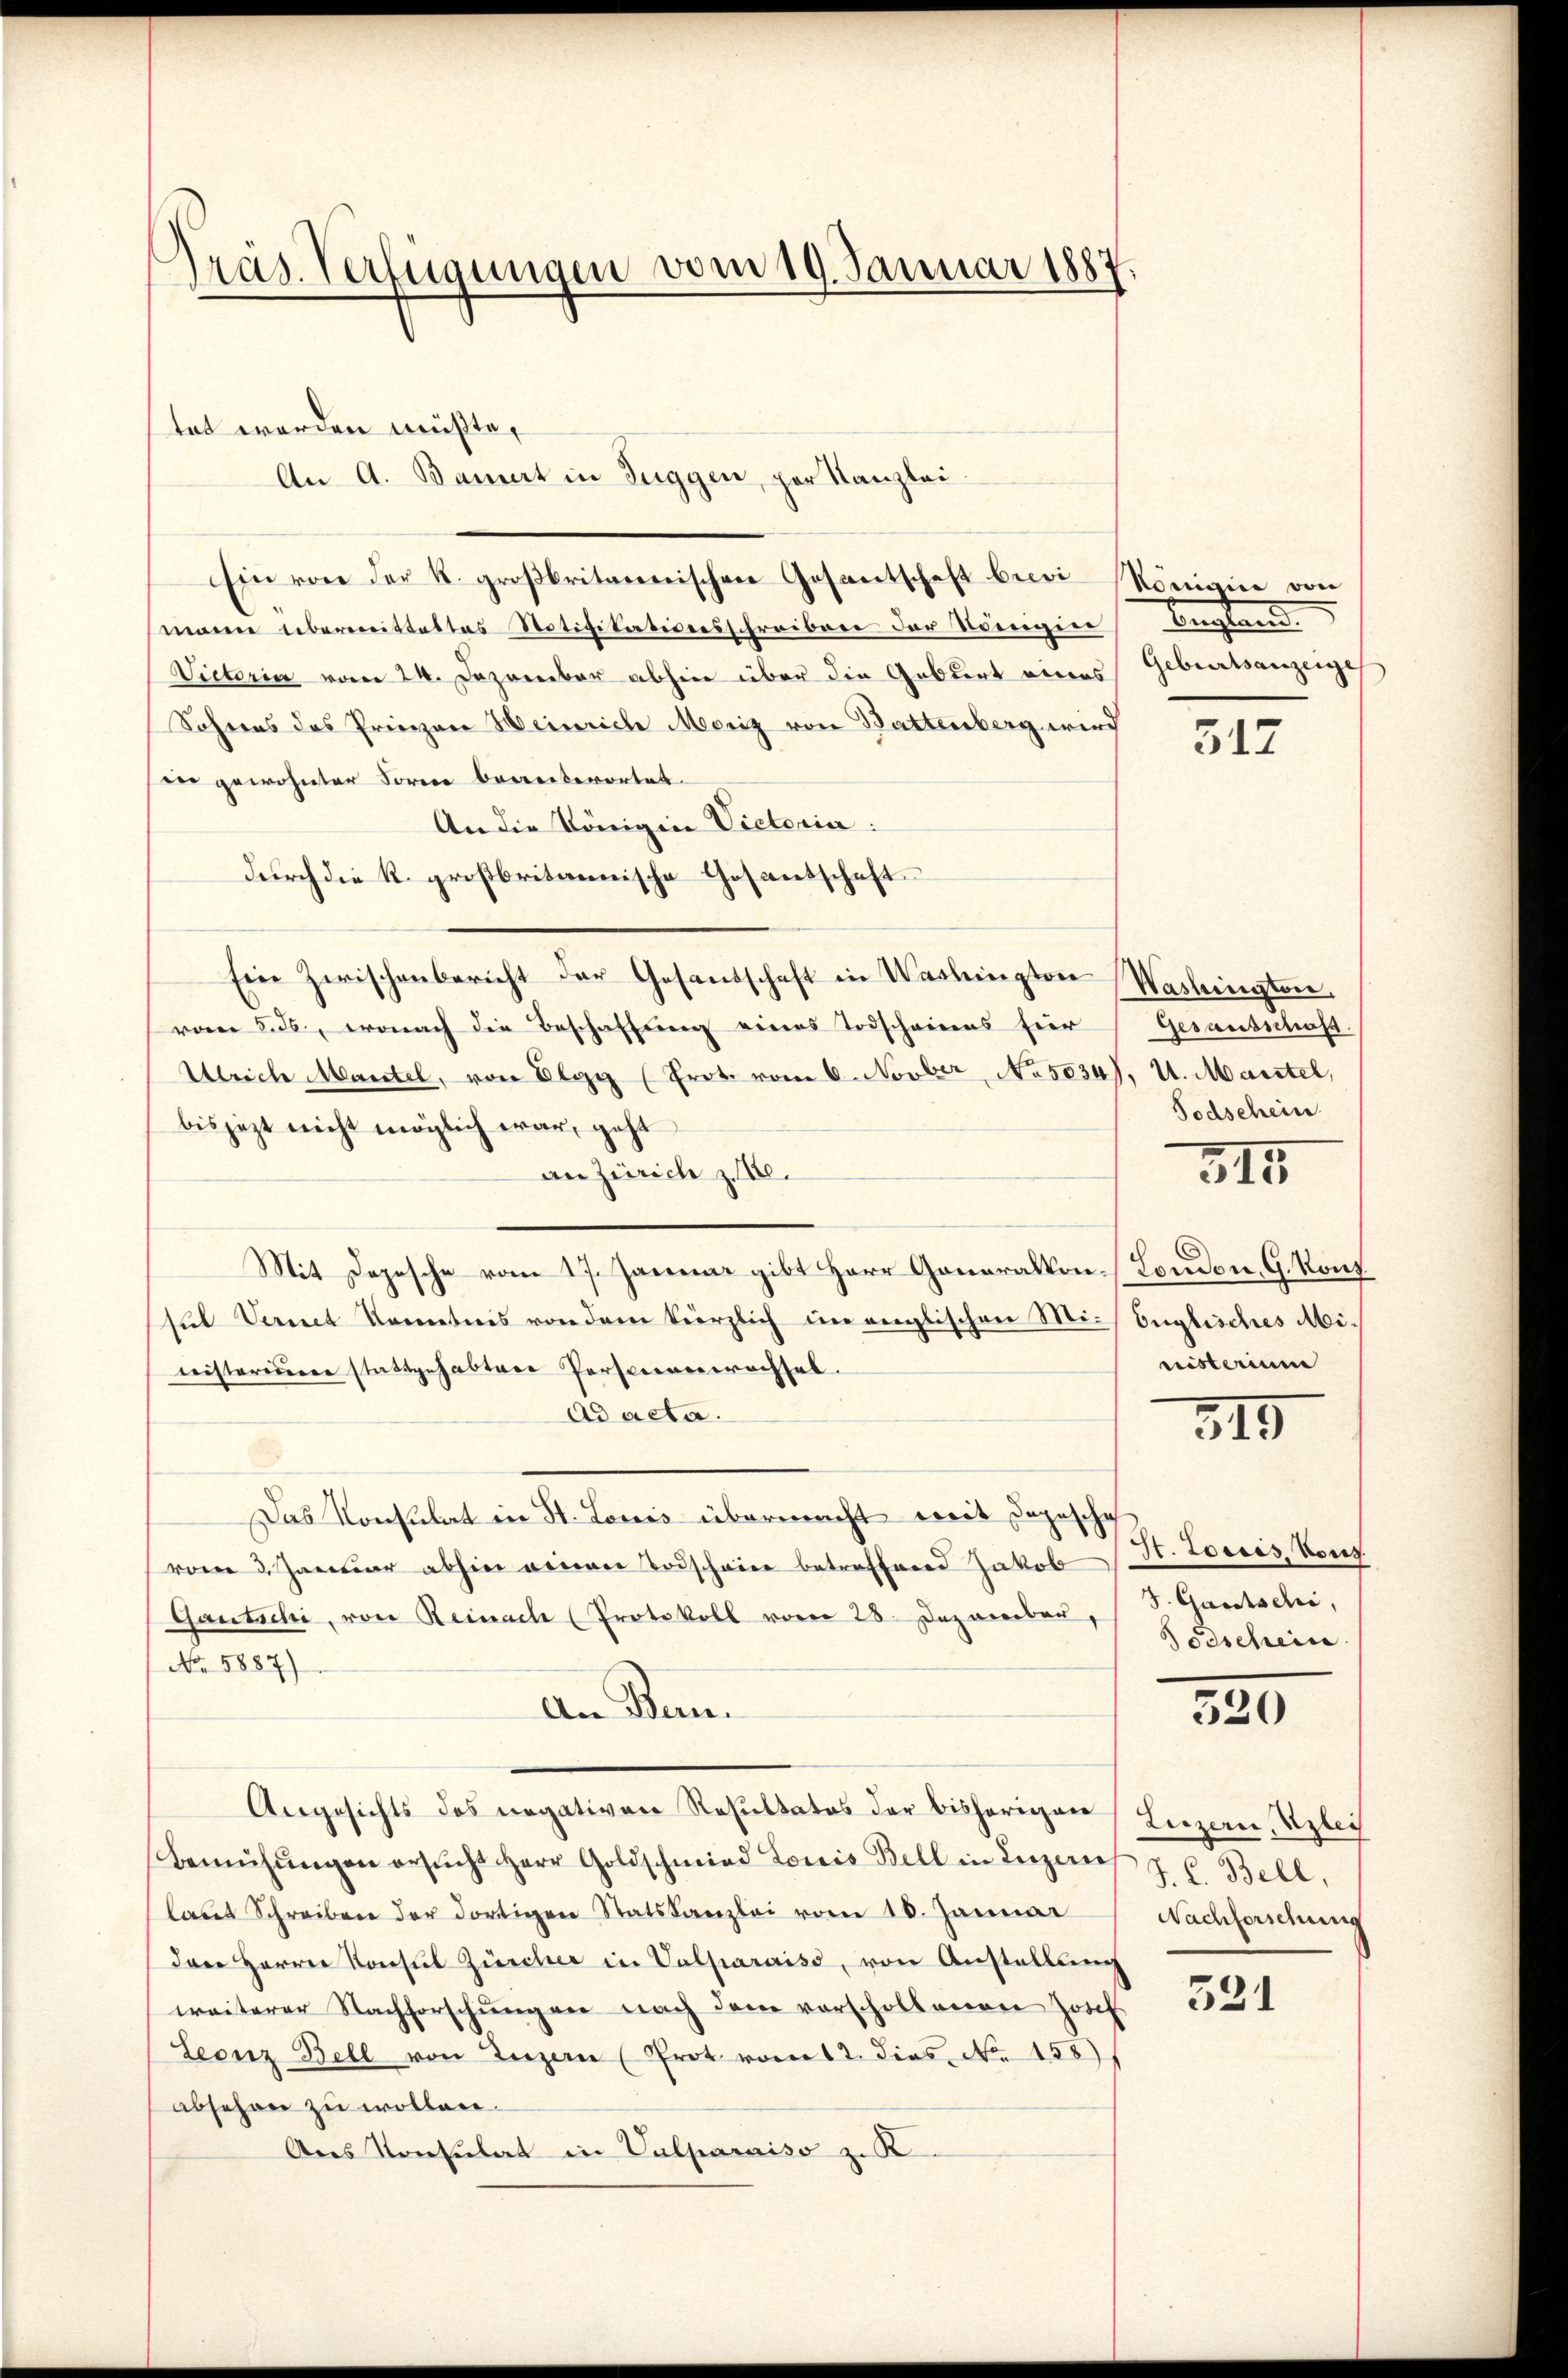
räs. Verfügungen vom 19. Januar 1887.

tet worden müßte,
Ein von der k. groβbritanischen Gesantschaft bei Romaine von
mann übermittaltes Notifikationsschreiben der Königier
Victoria vom 24. Dezember abhin über die Gablirt eines
Sohnens des Priespar Heinriche Moriz von Battenberg wird
der gewohnter Forme bereiterortet.
An die Königine Victoria:
durch die R. großbritannische Gasantschaft
Ein Zwischenbericht der Gesandschaft in Washington Washingten,
vom 255, wonach die Beschaffung eines Todscheines für
Ulrich Mantel, von Elgg (Prot. vom 6. Novber, No. 5034), u. Martel,
bis jezt nicht möglich war, geht
an Zürich z. B.
Mit Depesche vom 17. Januar gibt Herr Generalkon London, G. Kons.
sul Vernet kenntnis von dem kürzlich im englischen Mi-Englisches Abi-
nisteriere stattgehabten Personenrechsel.
ad acta.
Das Konsulat in St. Louis übermacht weit depesche
vom 3. Januar abhin einen Todscheine betreffend Jakob
Gautschi, von Reinach (Protokoll vom 28. Dezember,
No 5887)
An Ban
Angesichts des negativen Resultatos der bisherigen
Bemühŭngen ersŭcht Herr Goldschmied Louis Bell in Luzern J. C. Bell,
laut Schreiben der dortigen Statskanzlei vom 10. Januar
das Herrn Konsŭl Zürcher in Valparais, von Anstellung
weiterer Nachforschŭngen nach dem vorschollenen Josef
Leonz Bell von Luzern (Prot vom 12. dies. No. 1881
abschon zu wollen.
Ans Konsulat in Valparaiso zu K

An A. Bauert in Zuggen, per Kanzlei

Legten.
Geburtsanzeiges

317

Gesausschuß.
Todschein

315

nisterium

315

St. Louis, Vous
S. Gautschi,
Todschein

520

Luzern, Klei
Nachforschung

331